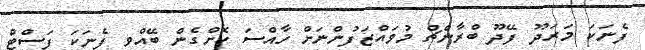
ފެނަކަ މަރަދޫ ފޭދޫ ބްރާންޗް މުވައްޒަފުންނަށް ހާއްސަ ކޮށްގެން ބޭއްވި ފެނަކަ ފަސްޓް